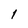
Character: l